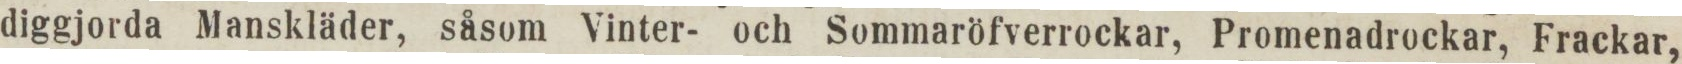
diggjorda Manskläder, såsom Vinter- och Sommaröfverrockar, Promenadrockar, Frackar,